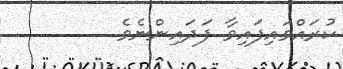
ކުރައްވައިފައިވާ ފަދައިންނެވެ.